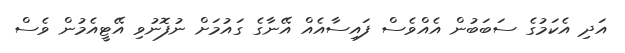
އަދި އެކަމުގެ ސަބަބުން އެއްވެސް ފައިސާއެއް އޭނާގެ ގައުމަށް ނުފޮނުވި އޭޓީއެމުން ވެސް